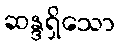
ဆန္ဒရှိသော